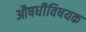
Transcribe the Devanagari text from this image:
औषधीविषयक